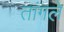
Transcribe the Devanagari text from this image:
तांगले